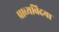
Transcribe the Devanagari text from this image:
प्राच्यविदया